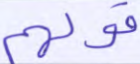
قولهم